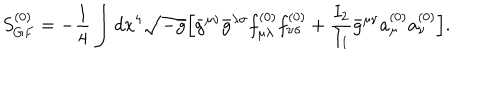
S _ { G F } ^ { ( 0 ) } = - \frac { 1 } { 4 } \int d x ^ { 4 } \sqrt { - \bar { g } } \Bigl [ \bar { g } ^ { \mu \nu } \bar { g } ^ { \lambda \sigma } f _ { \mu \lambda } ^ { ( 0 ) } f _ { \nu \sigma } ^ { ( 0 ) } + \frac { I _ { 2 } } { I _ { 1 } } \bar { g } ^ { \mu \nu } a _ { \mu } ^ { ( 0 ) } a _ { \nu } ^ { ( 0 ) } \Bigr ] .